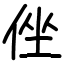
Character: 侳